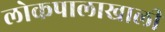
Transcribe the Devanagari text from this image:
लोकपालाखाली